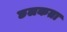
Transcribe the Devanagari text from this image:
छलकता